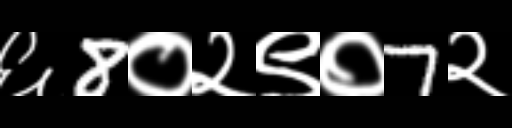
Text: ६8०२९०7२